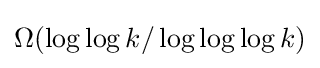
\Omega (\log \log k/\log \log \log k)